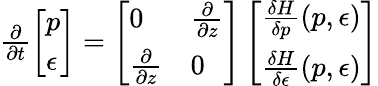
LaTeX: \begin{array}{r}{\frac{\partial}{\partial t}\left[\begin{array}{l}{p}\\ {\epsilon}\end{array}\right]=\left[\begin{array}{ll}{0}&{\frac{\partial}{\partial z}}\\ {\frac{\partial}{\partial z}}&{0}\end{array}\right]\left[\begin{array}{l}{\frac{\delta H}{\delta p}(p,\epsilon)}\\ {\frac{\delta H}{\delta\epsilon}(p,\epsilon)}\end{array}\right]}\end{array}